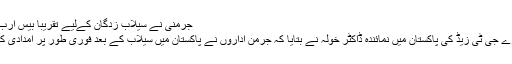
جرمنی نے سیلاب زدگان کےلیے تقریبا بیس ارب روپےکی رقوم فراہم کی ہیں
تکنیکی تعاون کے جرمن ادارے جی ٹی زیڈ کی پاکستان میں نمائندہ ڈاکٹر خولہ نے بتایا کہ جرمن اداروں نے پاکستان میں سیلاب کے بعد فوری طور پر امدادی کارروائیوں کا آغاز کر دیا تھا۔